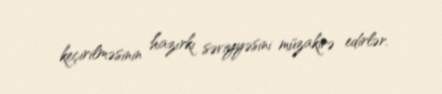
keçirilməsinin hazırkı səviyyəsini müzakirə edirlər.